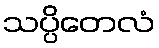
သပ္ပိတေလံ